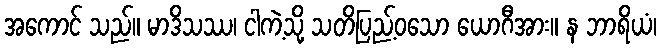
အကောင် သည်။ မာဒိသဿ၊ ငါကဲ့သို့ သတိပြည့်ဝသော ယောဂီအား။ န ဘာရိယံ၊